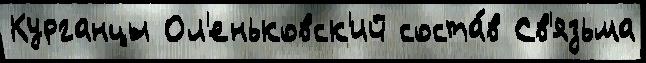
Курганцы Ол'еньковск'ий соста́в Св'язьма